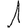
Digit: 1